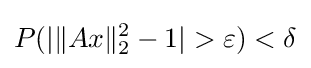
P(|\Vert Ax\Vert _{2}^{2}-1|>\varepsilon )<\delta